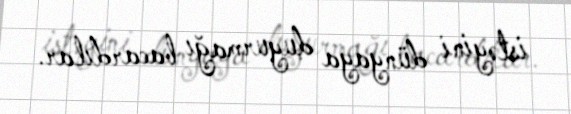
istəyini dünyaya duyurmağı bacardılar.